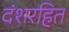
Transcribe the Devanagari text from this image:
दंशरहित